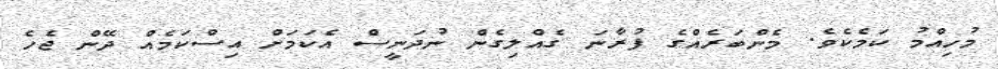
މުހިއްމު ކަމެކެވެ. މެންބަރެއްގެ ފުރާނަ ގެއްލިގެން ނުދަނީސް އެކަމަށް އިސްކަމެއް ދޭން ޖެހެ